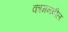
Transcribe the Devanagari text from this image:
कामनबील